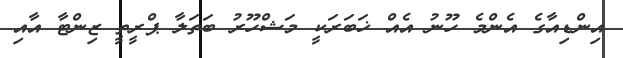
އިންޑިއާގެ އެންމެ ހޫނު އެއް ޚަބަރަކީ މަޝްހޫރު ބަތަލާ ޕްރީތީ ޒިންޓާ އާއި